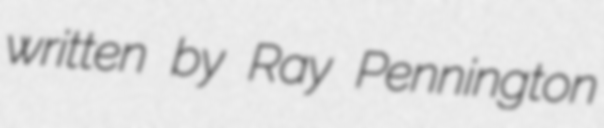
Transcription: written by Ray Pennington